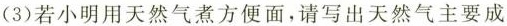
(3)若小明用天然气煮方便面，请写出天然气主要成分